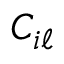
C _ { i \ell }